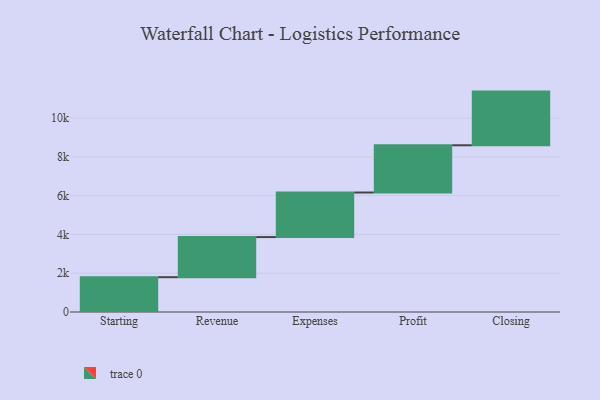
{"axis": {"x": "Step", "y": "Value"}, "legend": [""], "data": [{"x": "Starting", "y": 1795.0, "type": ""}, {"x": "Revenue", "y": 2069.0, "type": ""}, {"x": "Expenses", "y": 2297.0, "type": ""}, {"x": "Profit", "y": 2436.0, "type": ""}, {"x": "Closing", "y": 2768.0, "type": ""}]}